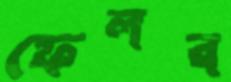
ফেলব